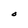
Character: O